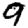
Digit: 9